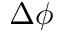
\Delta \phi